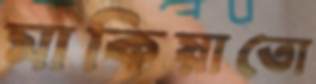
মাকিয়াতো